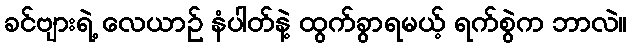
ခင်ဗျားရဲ့ လေယာဉ် နံပါတ်နဲ့ ထွက်ခွာရမယ့် ရက်စွဲက ဘာလဲ။